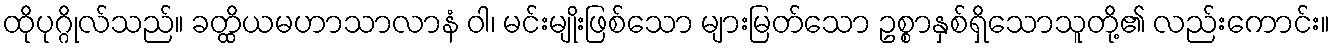
ထိုပုဂ္ဂိုလ်သည်။ ခတ္ထိယမဟာသာလာနံ ဝါ၊ မင်းမျိုးဖြစ်သော များမြတ်သော ဥစ္စာနှစ်ရှိသောသူတို့၏ လည်းကောင်း။